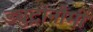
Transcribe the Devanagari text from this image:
ड्युट्रोनौमी